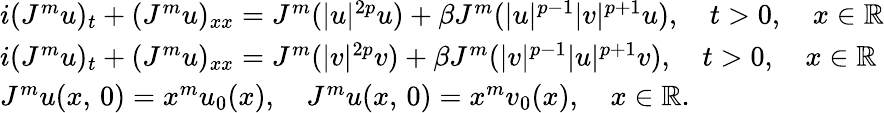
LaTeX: \begin{array}{r}{\left.\begin{array}{l}{i(J^{m}u)_{t}+(J^{m}u)_{xx}=J^{m}(|u|^{2p}u)+\beta J^{m}(|u|^{p-1}|v|^{p+1}u),\quad t>0,\quad x\in\mathbb{R}}\\ {i(J^{m}u)_{t}+(J^{m}u)_{xx}=J^{m}(|v|^{2p}v)+\beta J^{m}(|v|^{p-1}|u|^{p+1}v),\quad t>0,\quad x\in\mathbb{R}}\\ {J^{m}u(x,\, 0)=x^{m}u_{0}(x),\quad J^{m}u(x,\, 0)=x^{m}v_{0}(x),\quad x\in\mathbb{R}.}\end{array}\right.}\end{array}